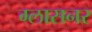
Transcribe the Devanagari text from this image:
ग्लासनर